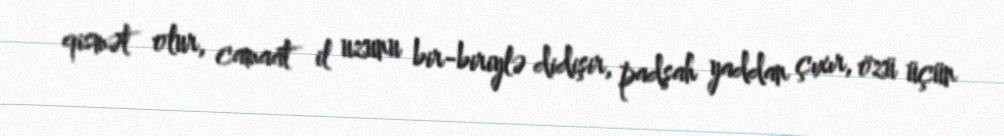
qismət olur, camaat il uzunu bir-biriylə didişir, padşah yaddan çıxır, özü üçün